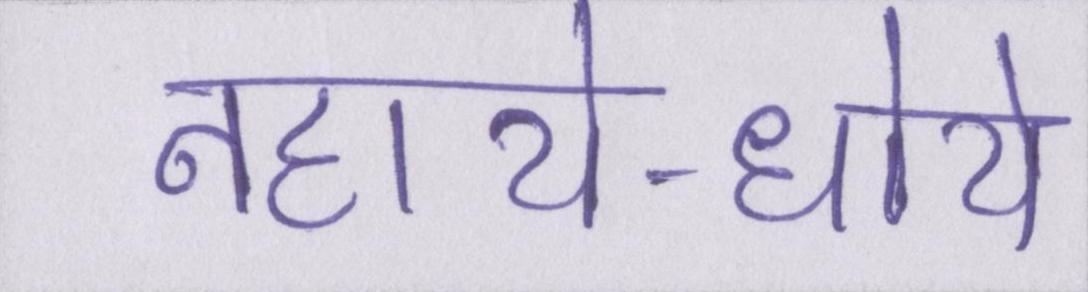
नहाये-धोये